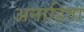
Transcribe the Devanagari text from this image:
अनाहिता